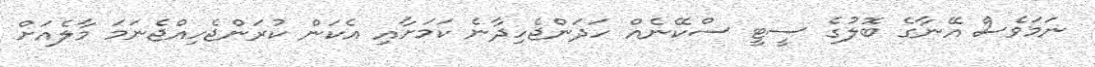
ނަމަވެސް އޭނާގެ ބޮލުގެ ސީޓީ ސްކޭނެއް ހަދަންޖެހިދާނެ ކަމަށާއި އެކަން ކުރަންޖެހިއްޖެނަމަ މާލެއަށް